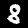
Digit: 8